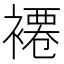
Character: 褼